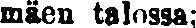
mäen talossa;